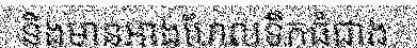
និងមានអាងហែលទឹកធំជាង